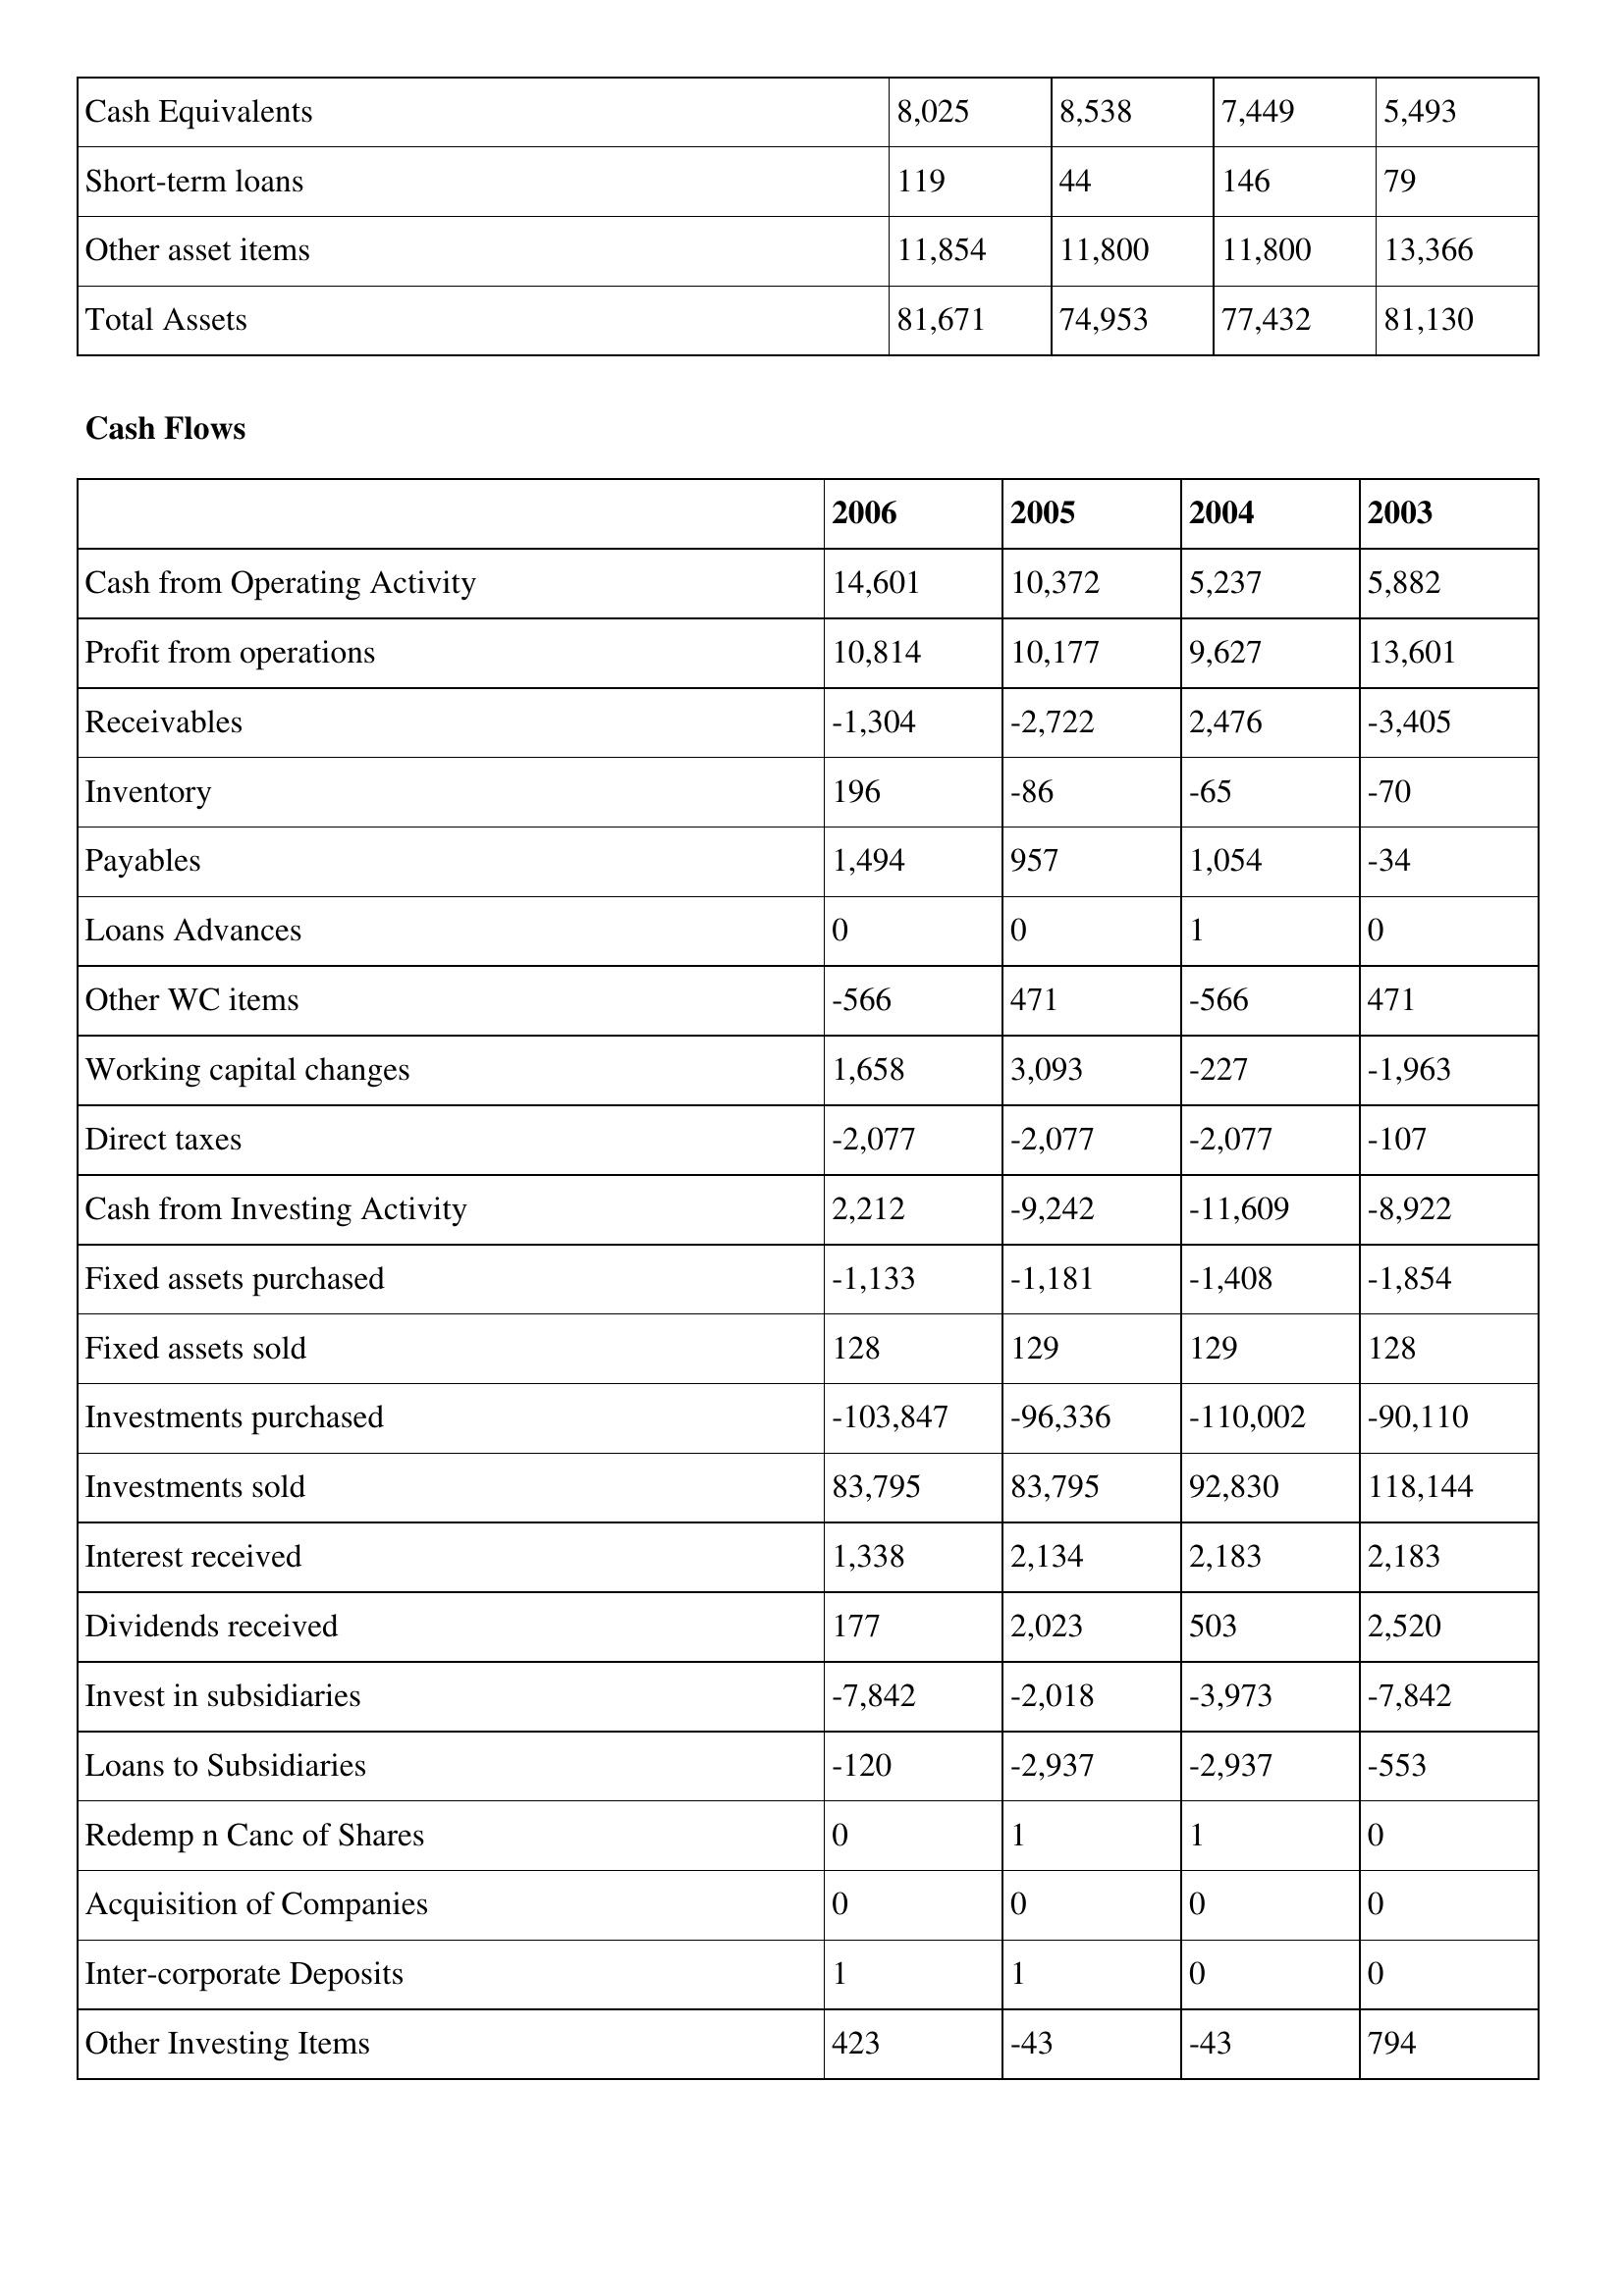
gt_parse: 2006: Balance Sheet: Cash Equivalents: 8,025
Short-term loans: 119
Other asset items: 11,854
Total Assets: 81,671
Cash Flows: Cash from Operating Activity: 14,601
Profit from operations: 10,814
Receivables: -1,304
Inventory: 196
Payables: 1,494
Loans Advances: 0
Other WC items: -566
Working capital changes: 1,658
Direct taxes: -2,077
Cash from Investing Activity: 2,212
Fixed assets purchased: -1,133
Fixed assets sold: 128
Investments purchased: -103,847
Investments sold: 83,795
Interest received: 1,338
Dividends received: 177
Invest in subsidiaries: -7,842
Loans to Subsidiaries: -120
Redemp n Canc of Shares: 0
Acquisition of Companies: 0
Inter-corporate Deposits: 1
Other Investing Items: 423
2005: Balance Sheet: Cash Equivalents: 8,538
Short-term loans: 44
Other asset items: 11,800
Total Assets: 74,953
Cash Flows: Cash from Operating Activity: 10,372
Profit from operations: 10,177
Receivables: -2,722
Inventory: -86
Payables: 957
Loans Advances: 0
Other WC items: 471
Working capital changes: 3,093
Direct taxes: -2,077
Cash from Investing Activity: -9,242
Fixed assets purchased: -1,181
Fixed assets sold: 129
Investments purchased: -96,336
Investments sold: 83,795
Interest received: 2,134
Dividends received: 2,023
Invest in subsidiaries: -2,018
Loans to Subsidiaries: -2,937
Redemp n Canc of Shares: 1
Acquisition of Companies: 0
Inter-corporate Deposits: 1
Other Investing Items: -43
2004: Balance Sheet: Cash Equivalents: 7,449
Short-term loans: 146
Other asset items: 11,800
Total Assets: 77,432
Cash Flows: Cash from Operating Activity: 5,237
Profit from operations: 9,627
Receivables: 2,476
Inventory: -65
Payables: 1,054
Loans Advances: 1
Other WC items: -566
Working capital changes: -227
Direct taxes: -2,077
Cash from Investing Activity: -11,609
Fixed assets purchased: -1,408
Fixed assets sold: 129
Investments purchased: -110,002
Investments sold: 92,830
Interest received: 2,183
Dividends received: 503
Invest in subsidiaries: -3,973
Loans to Subsidiaries: -2,937
Redemp n Canc of Shares: 1
Acquisition of Companies: 0
Inter-corporate Deposits: 0
Other Investing Items: -43
2003: Balance Sheet: Cash Equivalents: 5,493
Short-term loans: 79
Other asset items: 13,366
Total Assets: 81,130
Cash Flows: Cash from Operating Activity: 5,882
Profit from operations: 13,601
Receivables: -3,405
Inventory: -70
Payables: -34
Loans Advances: 0
Other WC items: 471
Working capital changes: -1,963
Direct taxes: -107
Cash from Investing Activity: -8,922
Fixed assets purchased: -1,854
Fixed assets sold: 128
Investments purchased: -90,110
Investments sold: 118,144
Interest received: 2,183
Dividends received: 2,520
Invest in subsidiaries: -7,842
Loans to Subsidiaries: -553
Redemp n Canc of Shares: 0
Acquisition of Companies: 0
Inter-corporate Deposits: 0
Other Investing Items: 794